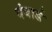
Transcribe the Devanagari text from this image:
बंबार्ड